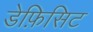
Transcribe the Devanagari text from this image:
डेफ़िसिट